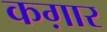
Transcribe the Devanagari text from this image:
कग़ार